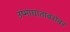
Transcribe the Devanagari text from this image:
उष्माघाताबरोबर